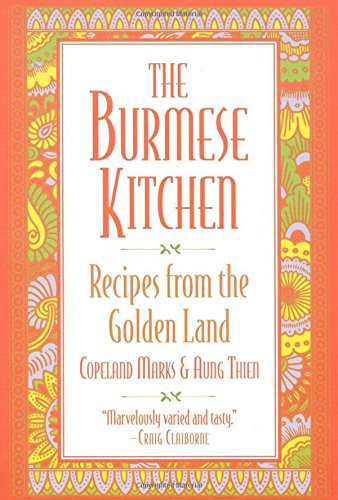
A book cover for The Burmese Kitchen: Recipes from the Golden Land; Copeland Marks; Cookbooks, Food & Wine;